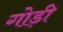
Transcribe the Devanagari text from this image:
गोड़ी